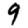
Digit: 9